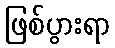
ဖြစ်ပွားရာ